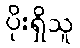
ပိုးရှိသူ